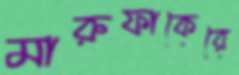
মারুফাকেরে